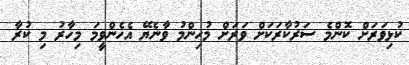
ކުޅިވަރަށް ކޮންމެ ސަރުކާރަކަށް ވަރަށް މުހިންމު ވާނެޔޭ އެހެންވީމަ މިހާރު މި ކުރާ